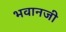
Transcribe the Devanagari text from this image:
भवानजी